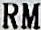
RM